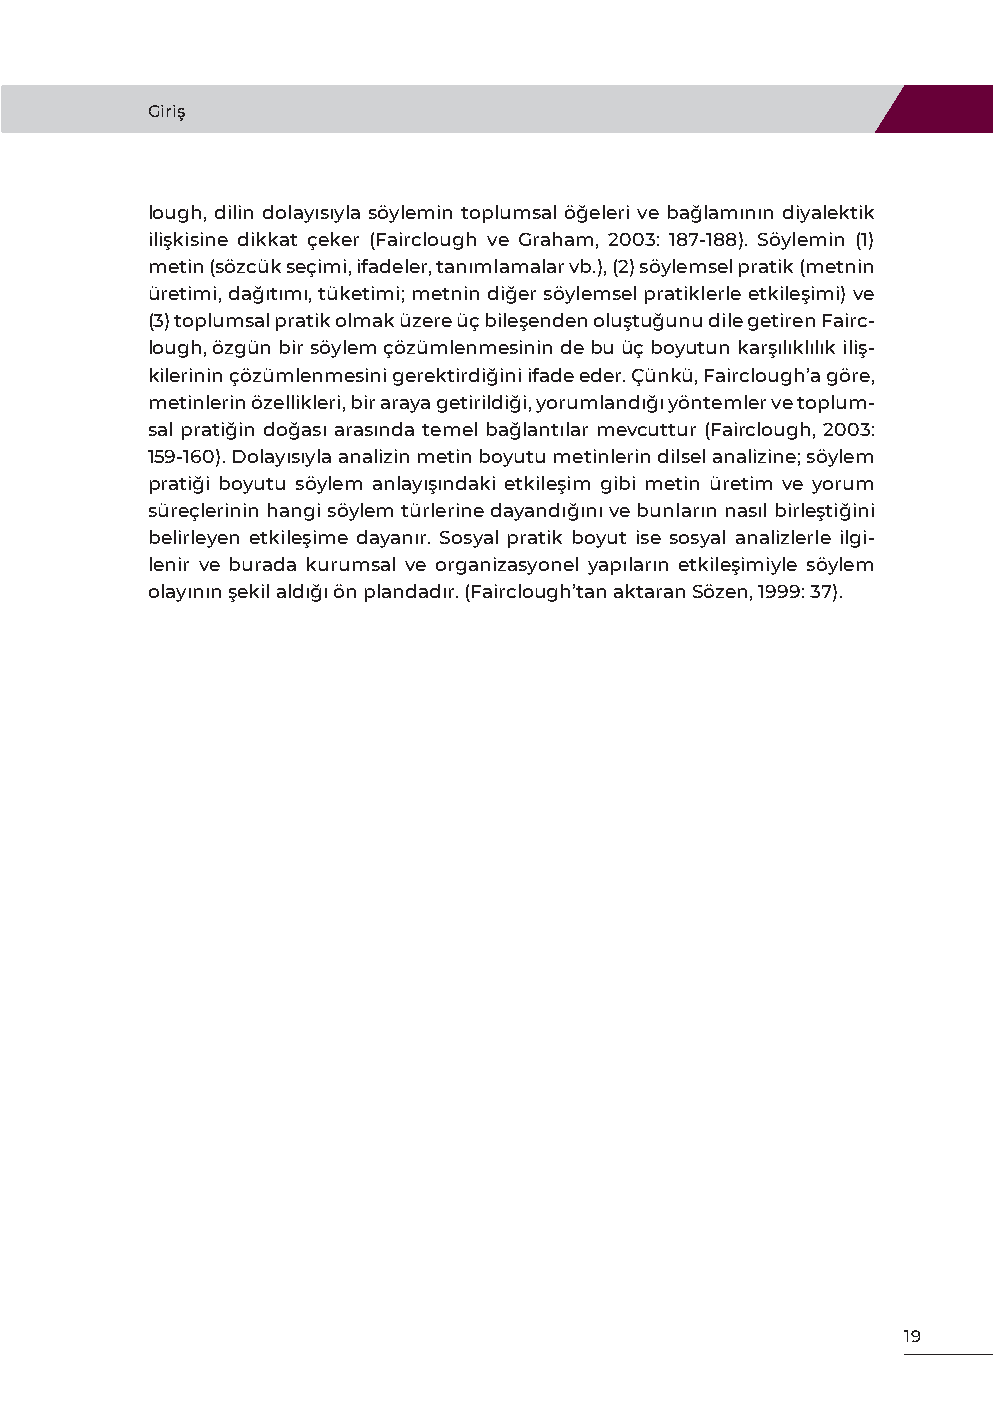
Giriş
 lough, dilin dolayısıyla söylemin toplumsal öğeleri ve bağlamının diyalektik
 ilişkisine dikkat çeker (Fairclough ve Graham, 2003: 187-188). Söylemin (1)
 metin (sözcük seçimi, ifadeler, tanımlamalar vb.), (2) söylemsel pratik (metnin
 üretimi, dağıtımı, tüketimi; metnin diğer söylemsel pratiklerle etkileşimi) ve
 (3) toplumsal pratik olmak üzere üç bileşenden oluştuğunu dile getiren Fairc-
 lough, özgün bir söylem çözümlenmesinin de bu üç boyutun karşılıklılık iliş-
 kilerinin çözümlenmesini gerektirdiğini ifade eder. Çünkü, Fairclough’a göre,
 metinlerin özellikleri, bir araya getirildiği, yorumlandığı yöntemler ve toplum-
 sal pratiğin doğası arasında temel bağlantılar mevcuttur (Fairclough, 2003:
 159-160). Dolayısıyla analizin metin boyutu metinlerin dilsel analizine; söylem
 pratiği boyutu söylem anlayışındaki etkileşim gibi metin üretim ve yorum
 süreçlerinin hangi söylem türlerine dayandığını ve bunların nasıl birleştiğini
 belirleyen etkileşime dayanır. Sosyal pratik boyut ise sosyal analizlerle ilgi-
 lenir ve burada kurumsal ve organizasyonel yapıların etkileşimiyle söylem
 olayının şekil aldığı ön plandadır. (Fairclough’tan aktaran Sözen, 1999: 37).
 19